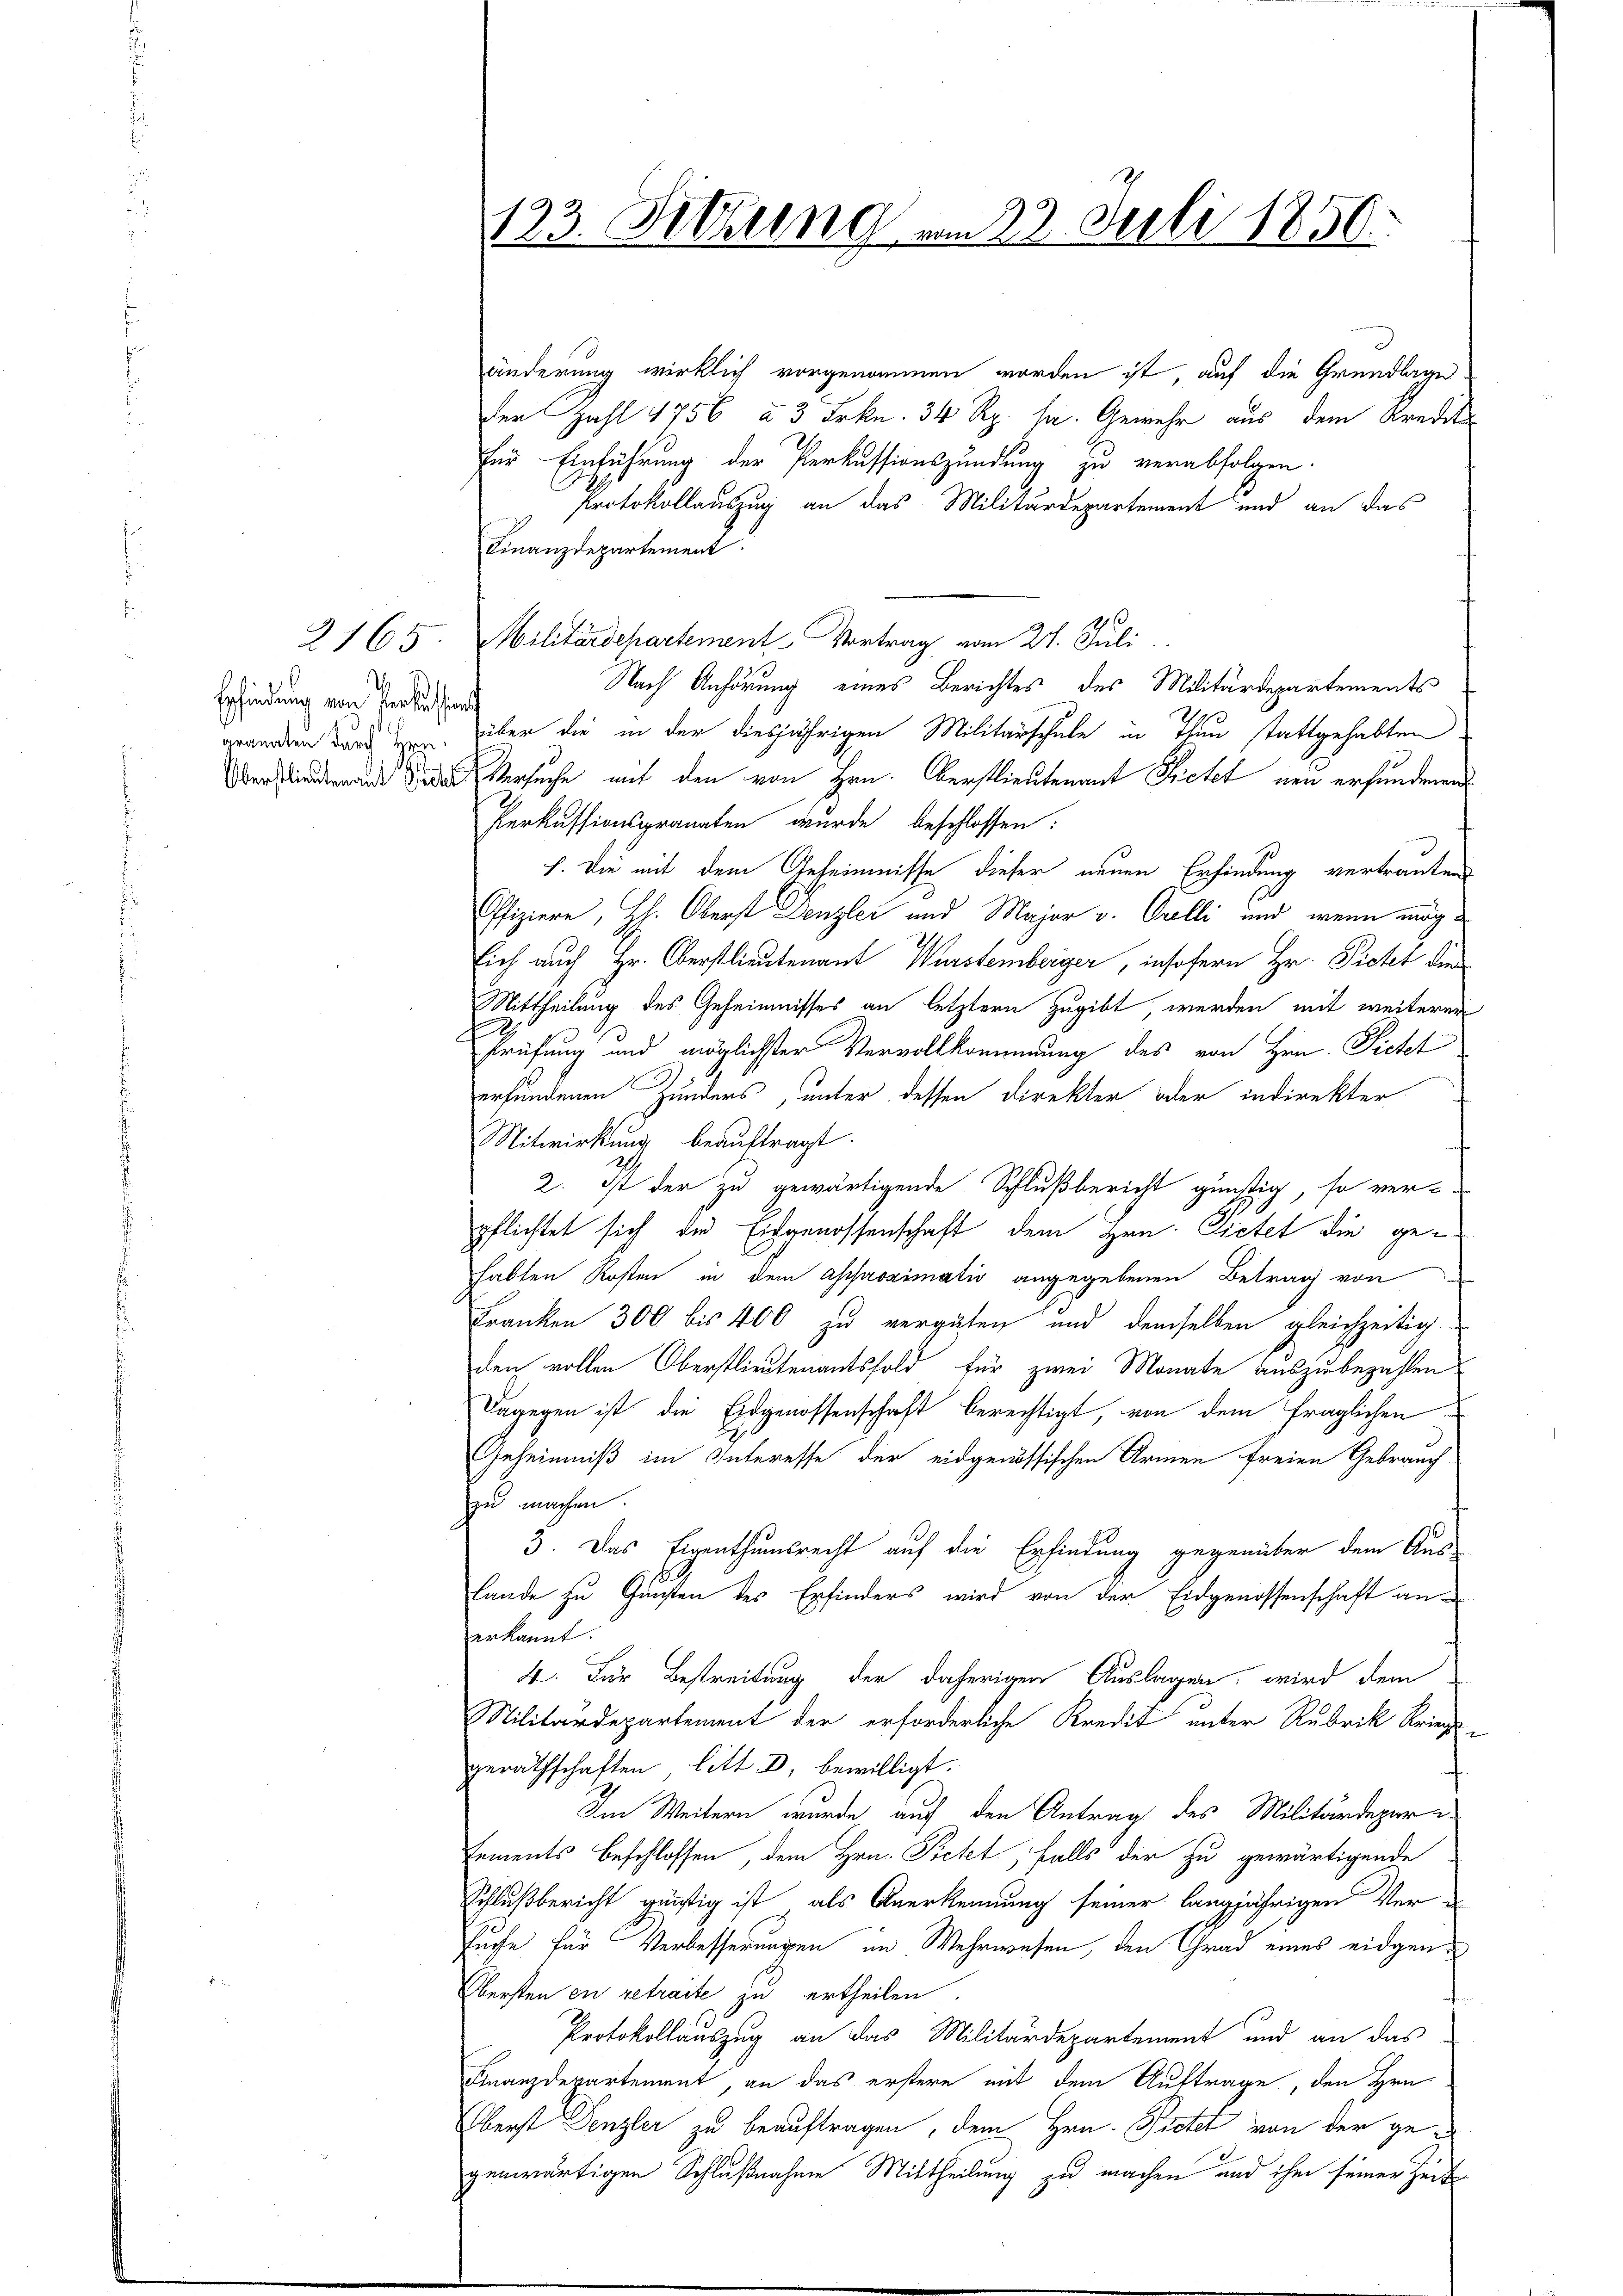
Erfindung von Verfassung
granaten durch Hrn.

2165

123. Sitzung vom 22. Juli 1850.

änderung wirklich vorgenommen worden ist, auf die Grundlage
der Zahl 1756 à 3 Frkn. 34 Rp. sa. Gewehr aus dem Kredite
für Einführung der Perkussionszündung zu verabfolgen.
Protokollauszug an das Militärdepartement und an das
Finanzdepartement.
Militärdepartement Vortrag vom 27. Juli
Nach Anhörung eines Berichtes des Militärdepartements
über die in der diesjährigen Militärschule in Thun stattgehabten
 Versuche mit den von Hrn. Oberstlieutenant Frietet neu erfundenen
Perkussionsgranaten wurde beschlossen:
h. Die mit dem Geheimnisse dieser neuen Erfindung vertrauten
Offiziere, H. Oberst Denzlei und Major v. Orelli und wenn mög
Eich auch Hr. Oberstlieutenant Wurstemberger, insofern Hr. Pietet die
Mittheilung des Geheimnisses an letztern zugibt, werden mit weiterer
Prüfung und möglichster Vervollkommung des von Hrn. Ficht
erfundenen Zunders, unter dessen Direkter oder indirekter
Mitwirkung beauftragt.
2. Ist der zu gewärtigende Schlußbericht günstig, so ver-
pflichtet sich die Eidgenossenschaft dem Hrn. Dietet die gehabten Kosten in dem Ascharoximativ angegebenen Betrag von
Franken 300 bis 400 zu vergüten und demselben gleichzeitig
dem vollen Oberstlieutenantsfold für zwei Monate auszubezahlen
Dagegen ist die Eidgenossenschaft berechtigt, von dem fraglichen
Geheimniß im Interesse der eidgenössischen Armen freien Gebrauch.
zu machen.
3. Das Eigenthumsrecht auf die Erfindung gegenüber dem Aus-
lande zu Gunsten des Erfinders wird von der Eidgenossenschaft an-
erkannt:
4. Für Bestreitung der daherigen Auslagen, wird dem
Militärdepartement der erforderliche Kredit unter Rubrik Kriegsgeräthschaften litt. D. bewilligt.
Im Weitern wurde auch den Antrag des Militärdepar
Eements beschlossen, dem Hrn. Pietet, falls der zu gewärtigende
Schlußbericht günstig ist, als Anerkennung seiner langjährigen Ver¬
Puche für Verbesserungen im Wehrwesen, den Grad eines eidgen¬
Obersten en getraite zu ertheilen
Protokollauszug an das Militärdepartement und an das
Finanzdepartement, an das erstere mit dem Auftrage, den Hrn.
Oberst Denzler zu beauftragen, dem Hrn. Pietet von der ge-
genwärtigen Schlußnahme Mittheilung zu machen und ihm seiner Zeit